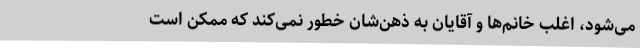
می‌شود، اغلب خانم‌ها و آقایان به ذهن‌شان خطور نمی‌کند که ممکن است